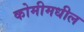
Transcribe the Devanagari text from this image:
कोमीमधील